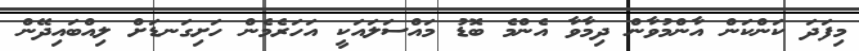
މިފަދަ ކަންކަން އާންމުވާން ދިމާވާ އެންމެ ބޮޑު މައްސަލައަކީ އަހަރެމެން ހަށިގަނޑަށް ލިއްބައިދޭން